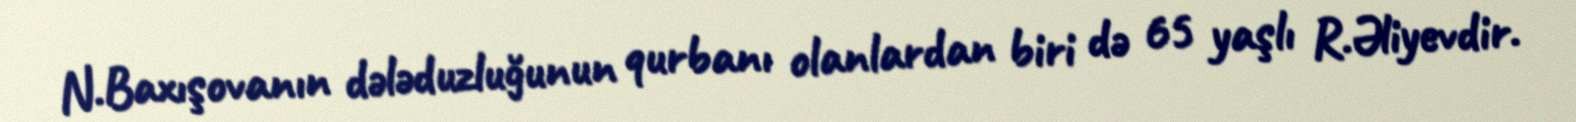
N.Baxışovanın dələduzluğunun qurbanı olanlardan biri də 65 yaşlı R.Əliyevdir.